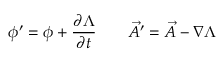
\phi ^ { \prime } = \phi + { \frac { \partial \Lambda } { \partial t } } \qquad { \vec { A } } ^ { \prime } = { \vec { A } } - \nabla \Lambda